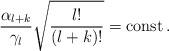
LaTeX: \begin{align*}\frac{\alpha_{l+k}}{\gamma_l} \sqrt{\frac{l!}{(l+k)!}} ={\rm const}\,. \end{align*}